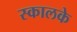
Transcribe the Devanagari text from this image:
स्कालके